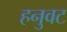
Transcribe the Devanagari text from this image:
हनुवट